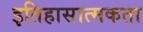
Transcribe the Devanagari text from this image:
इतिहासात्मकता